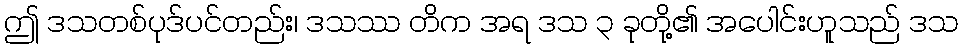
ဤ ဒသတစ်ပုဒ်ပင်တည်း၊ ဒသဿ တိက အရ ဒသ ၃ ခုတို့၏ အပေါင်းဟူသည် ဒသ